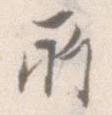
所